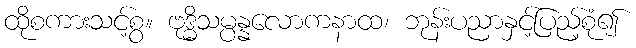
ထိုစကားသင့်စွ။ ဗုဒ္ဓိသမ္ပန္နလောကနာထ၊ ဘုန်းပညာနှင့်ပြည့်စုံ၍